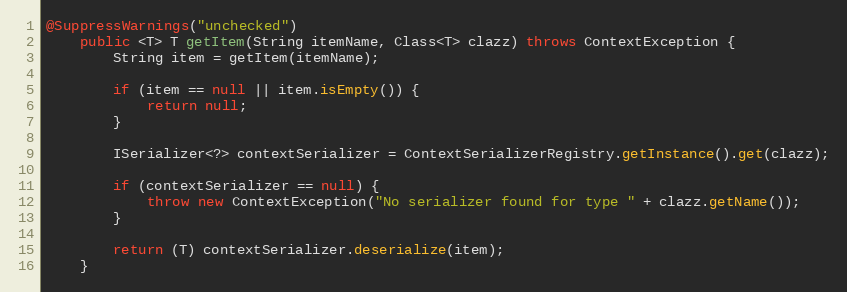
Language: Java
@SuppressWarnings("unchecked")
    public <T> T getItem(String itemName, Class<T> clazz) throws ContextException {
        String item = getItem(itemName);

        if (item == null || item.isEmpty()) {
            return null;
        }

        ISerializer<?> contextSerializer = ContextSerializerRegistry.getInstance().get(clazz);

        if (contextSerializer == null) {
            throw new ContextException("No serializer found for type " + clazz.getName());
        }

        return (T) contextSerializer.deserialize(item);
    }